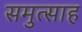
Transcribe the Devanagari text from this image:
समुत्साह